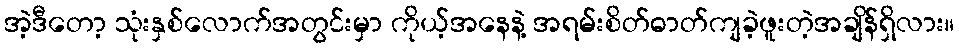
အဲ့ဒီတော့ သုံးနှစ်လောက်အတွင်းမှာ ကိုယ့်အနေနဲ့ အရမ်းစိတ်ဓာတ်ကျခဲ့ဖူးတဲ့အချိန်ရှိလား။